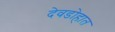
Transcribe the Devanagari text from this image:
देवडोहात